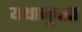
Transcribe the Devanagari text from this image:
यथानुपात